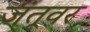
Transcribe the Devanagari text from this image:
जंतूवर